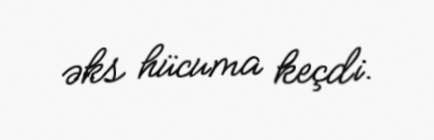
əks hücuma keçdi.